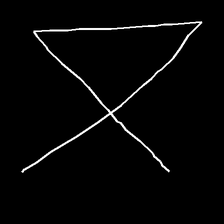
Glyph: collection